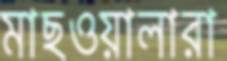
মাছওয়ালারা